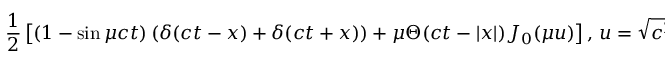
{ \frac { 1 } { 2 } } \left[ \left( 1 - \sin { \mu c t } \right) ( \delta ( c t - x ) + \delta ( c t + x ) ) + \mu \Theta ( c t - | x | ) J _ { 0 } ( \mu u ) \right] , \, u = { \sqrt { c ^ { 2 } t ^ { 2 } - x ^ { 2 } } }